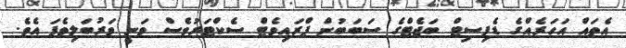
އެތައް އަހަރެއްގެ ޑެފިސިޓް ބަޖެޓްގެ ސަބަބުން ޕްރައިވެޓް ސެކްޓަރުވެސް ވަނީ ވަރުބަލިވެފަ އެވެ.